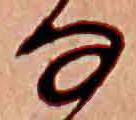
な